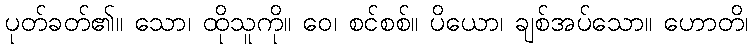
ပုတ်ခတ်၏။ သော၊ ထိုသူကို။ ဝေ၊ စင်စစ်။ ပိယော၊ ချစ်အပ်သော။ ဟောတိ၊